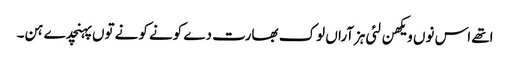
اتھے اس نوں ویکھن لئی ہزآراں لوک بھارت دے کونے کونے توں پہنچدے ہن۔